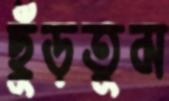
ছুঁড়তুম